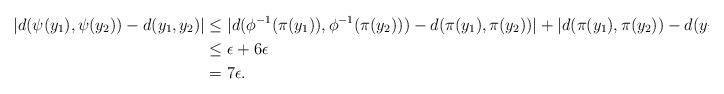
LaTeX: \begin{align*}|d(\psi(y_1), \psi(y_2)) - d(y_1, y_2)| &\leq |d(\phi^{-1}(\pi(y_1)), \phi^{-1}(\pi(y_2))) - d(\pi(y_1), \pi(y_2))| + |d(\pi(y_1), \pi(y_2)) - d(y_1, y_2)|\\&\leq \epsilon + 6\epsilon\\&= 7\epsilon.\end{align*}